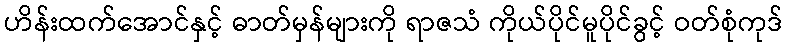
ဟိန်းထက်အောင်နှင့် ဓာတ်မှန်များကို ရာဇသံ ကိုယ်ပိုင်မူပိုင်ခွင့် ဝတ်စုံကုဒ်